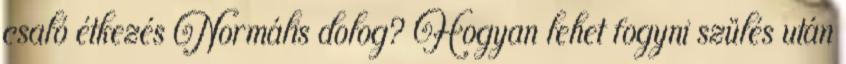
csaló étkezés Normális dolog? Hogyan lehet fogyni szülés után